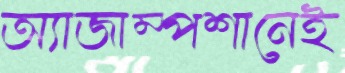
অ্যাজাম্পশানেই